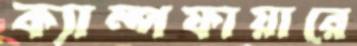
ক্যাম্পফায়ারে